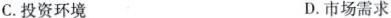
C. 投资环境 D. 市场需求